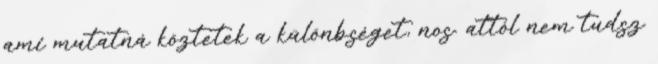
ami mutatná köztetek a különbséget, nos. attól nem tudsz